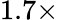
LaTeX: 1.7\times